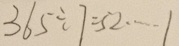
3 6 5 \div 7 = 5 2 \cdots 1